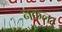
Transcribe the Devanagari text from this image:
नकल।